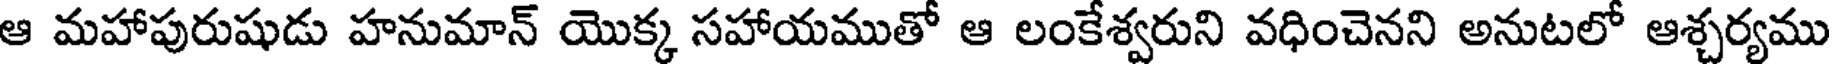
ఆ మహాపురుషుడు హనుమాన్ యొక్క సహాయముతో ఆ లంకేశ్వరుని వధించెనని అనుటలో ఆశ్చర్యము